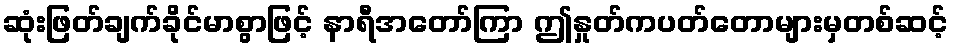
ဆုံးဖြတ်ချက်ခိုင်မာစွာဖြင့် နာရီအတော်ကြာ ဤနှုတ်ကပတ်တောများမှတစ်ဆင့်